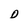
Character: D